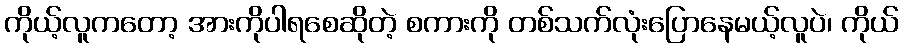
ကိုယ့်လူကတော့ အားကိုပါရစေဆိုတဲ့ စကားကို တစ်သက်လုံးပြောနေမယ့်လူပဲ၊ ကိုယ်